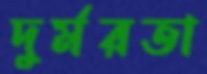
দুর্মরতা